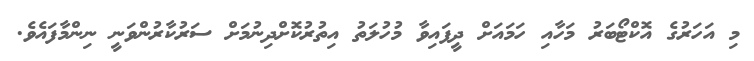
މި އަހަރުގެ އޮކްޓޯބަރު މަހާއި ހަމައަށް ދީފައިވާ މުހުލަތު އިތުރުކޮށްދިނުމަށް ސަރުކާރުންވަނީ ނިންމާފައެވެ.